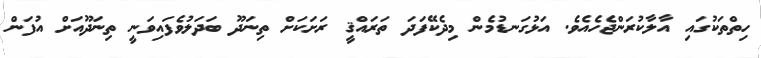
ހިތްތަކުގައި އާލާކުރަންޖެހެއެވެ. އަޅުގަނޑުމެން މިދެކޭފަދަ ތަރައްޤީ ރަށަކަށް ތިނަދޫ ބަދަލުވެފައިވަނީ ތިނަދޫއަށް އުފަން